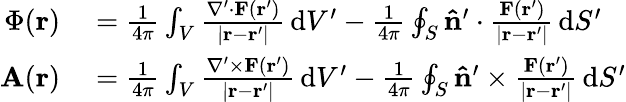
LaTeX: \begin{array}{rl}{\Phi(\mathbf{r})}&{{}={\frac{1}{4\pi}}\int_{V}{\frac{\nabla^{\prime}\cdot\mathbf{F}(\mathbf{r}^{\prime})}{|\mathbf{r}-\mathbf{r}^{\prime}|}}\, \mathrm{d}V^{\prime}-{\frac{1}{4\pi}}\oint_{S}\mathbf{\hat{n}}^{\prime}\cdot{\frac{\mathbf{F}(\mathbf{r}^{\prime})}{|\mathbf{r}-\mathbf{r}^{\prime}|}}\, \mathrm{d}S^{\prime}}\\ {\mathbf{A}(\mathbf{r})}&{{}={\frac{1}{4\pi}}\int_{V}{\frac{\nabla^{\prime}\times\mathbf{F}(\mathbf{r}^{\prime})}{|\mathbf{r}-\mathbf{r}^{\prime}|}}\, \mathrm{d}V^{\prime}-{\frac{1}{4\pi}}\oint_{S}\mathbf{\hat{n}}^{\prime}\times{\frac{\mathbf{F}(\mathbf{r}^{\prime})}{|\mathbf{r}-\mathbf{r}^{\prime}|}}\, \mathrm{d}S^{\prime}}\end{array}